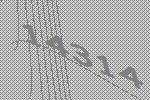
14314